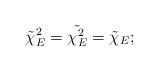
LaTeX: \begin{align*}\tilde{\chi}_E^2=\tilde{\chi_E^2}=\tilde{\chi}_E;\end{align*}